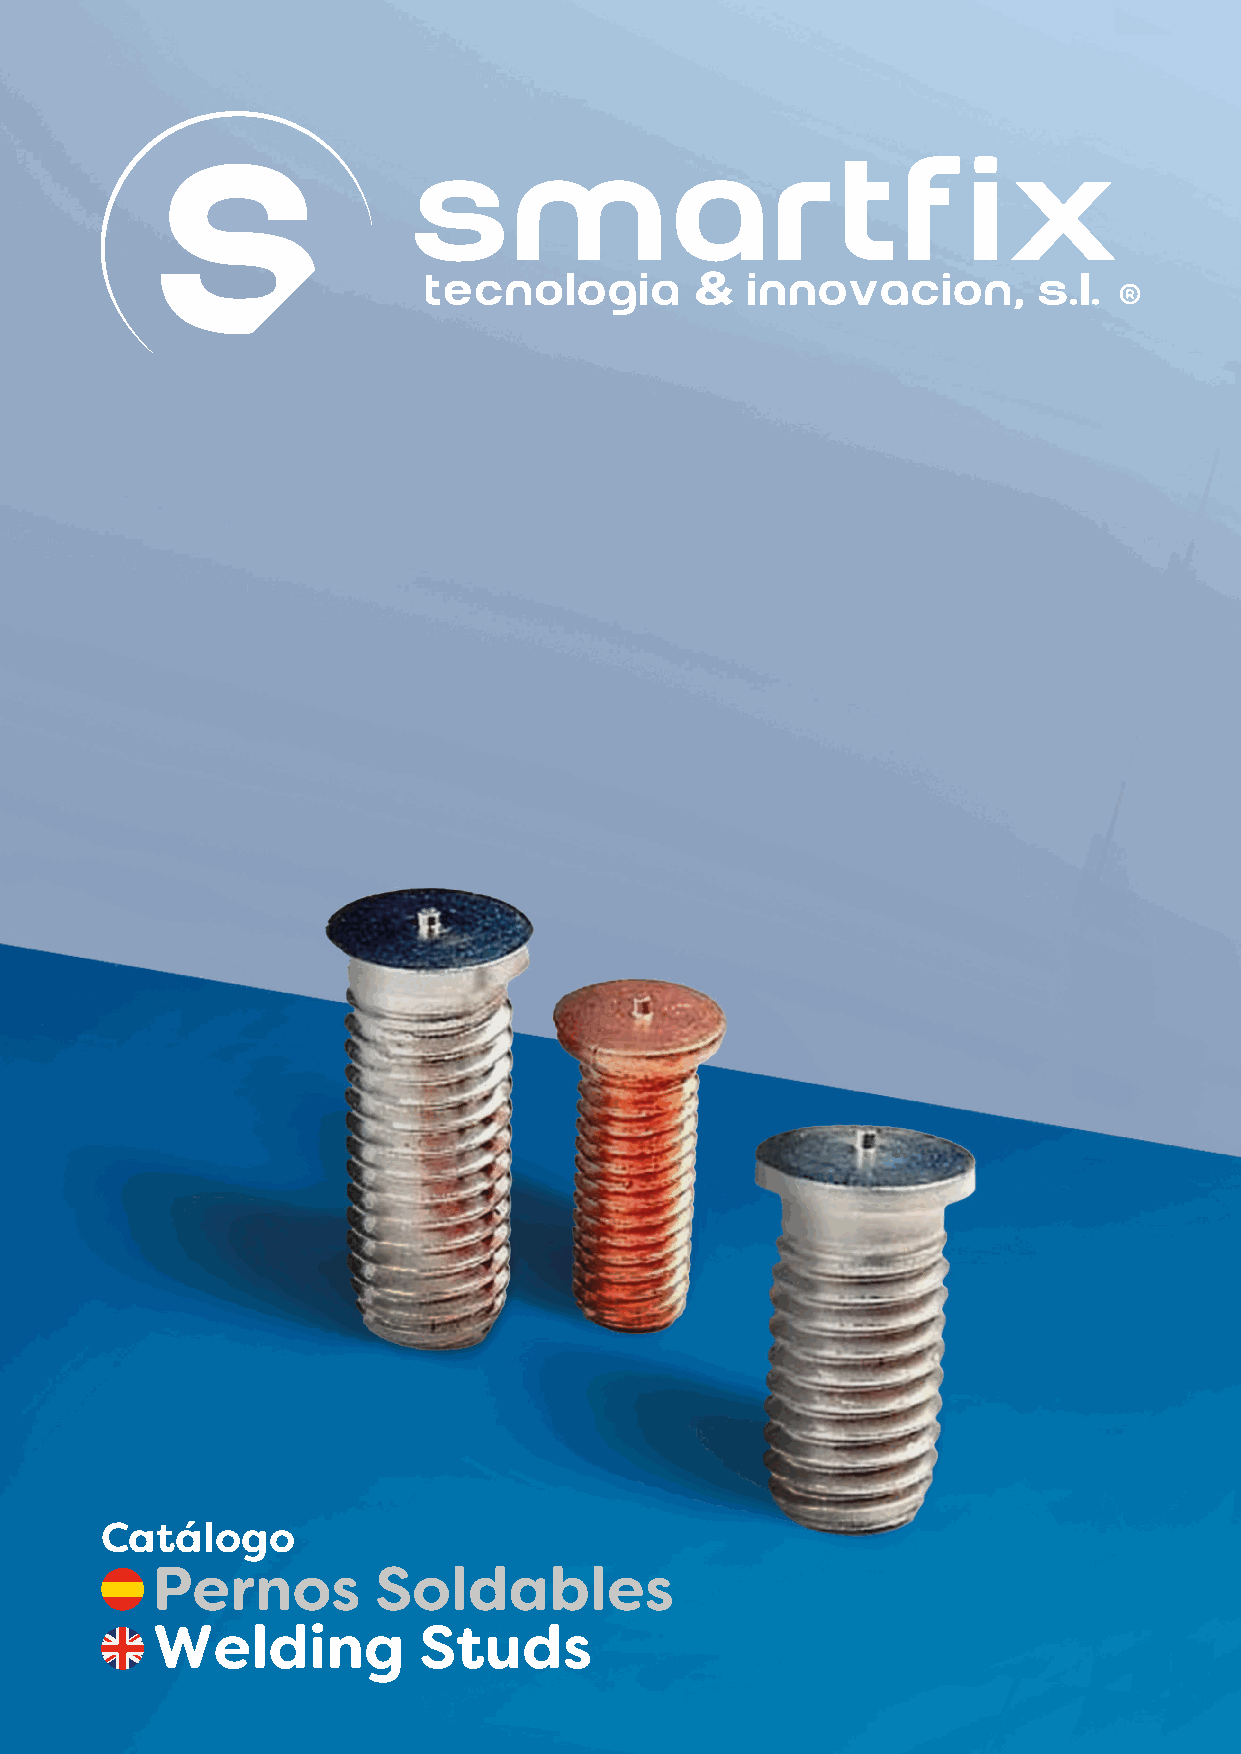
Catálogo
 Pernos         Soldables
 Welding           Studs